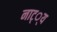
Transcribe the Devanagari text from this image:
नाट््य